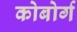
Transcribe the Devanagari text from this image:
कोबोर्ग